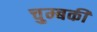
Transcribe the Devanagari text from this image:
चुम्बकी